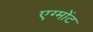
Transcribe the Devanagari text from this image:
एग्मोंट